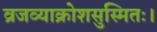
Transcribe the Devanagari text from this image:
व्रजव्याक्रोशसुस्मितः।